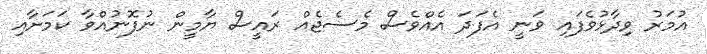
އުމަރު ވިދާޅުވެފައި ވަނީ އެފަދަ އެއްވެސް މެސެޖެއް ރައީސް ޔާމީން ނުފޮނުއްވާ ކަމަށާއި